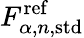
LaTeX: F_{\alpha,n,\mathrm{std}}^{\mathrm{ref}}